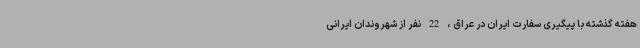
هفته گذشته با پیگیری سفارت ایران در عراق ، 22 نفر از شهروندان ایرانی